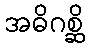
အဓိဂစ္ဆိ